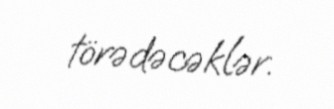
törədəcəklər.